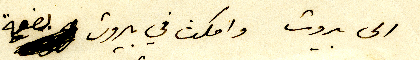
الى بيروت وامكث في بيروت بضعة